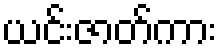
ယင်းဇာတ်ကား